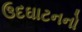
ઉદઘાટનનો